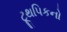
ટૂથપિકનો